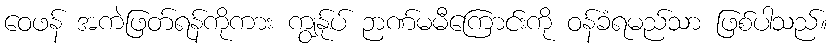
ဝေဖန် အကဲဖြတ်ရန်ကိုကား ကျွန်ုပ် ဉာဏ်မမီကြောင်းကို ဝန်ခံရမည်သာ ဖြစ်ပါသည်။